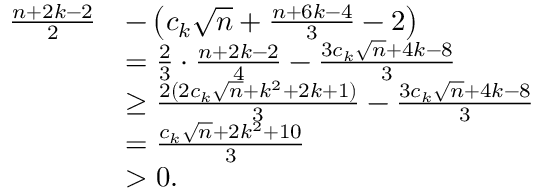
\begin{array} { r l } { \frac { n + 2 k - 2 } { 2 } } & { - \left( c _ { k } \sqrt { n } + \frac { n + 6 k - 4 } { 3 } - 2 \right) } \\ & { = \frac { 2 } { 3 } \cdot \frac { n + 2 k - 2 } { 4 } - \frac { 3 c _ { k } \sqrt { n } + 4 k - 8 } { 3 } } \\ & { \geq \frac { 2 ( 2 c _ { k } \sqrt { n } + k ^ { 2 } + 2 k + 1 ) } { 3 } - \frac { 3 c _ { k } \sqrt { n } + 4 k - 8 } { 3 } } \\ & { = \frac { c _ { k } \sqrt { n } + 2 k ^ { 2 } + 1 0 } { 3 } } \\ & { > 0 . } \end{array}